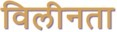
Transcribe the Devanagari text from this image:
विलीनता